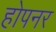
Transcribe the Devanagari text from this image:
होपनर